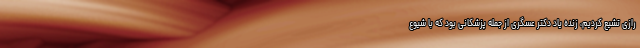
رازی تشیع کردیم، زنده یاد دکتر عسگری از جمله پزشکانی بود که با شیوع